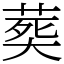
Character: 𦵏